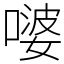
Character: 嘙